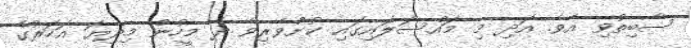
ސާބިތުވި އެވެ. އަދި މި މައްސަލައިގައި ކުށްވެރިވާ ދެ މީހުން މިދިޔަ އަހަރުގެ